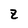
Character: Z